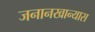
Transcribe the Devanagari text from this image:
जनानखान्यास